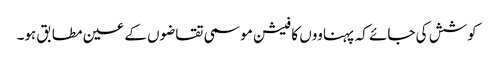
کوشش کی جائے کہ پہناووں کا فیشن موسمی تقاضوں کے عین مطابق ہو۔